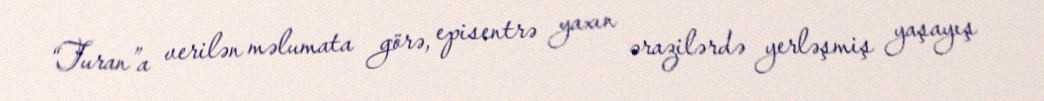
“Turan”a verilən məlumata görə, episentrə yaxın ərazilərdə yerləşmiş yaşayış